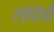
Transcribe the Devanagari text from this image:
लोपॅथी